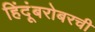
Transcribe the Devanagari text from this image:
हिंदूंबरोबरची